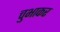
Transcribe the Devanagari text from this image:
चुभाकर